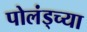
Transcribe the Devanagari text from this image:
पोलंड्च्या